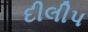
દીલીપ